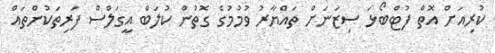
ކުރިއަށް އޮތް ފުޓްބޯޅަ ސިޒަނަށް ތައްޔާރު ވުމުމުގެ ގޮތުން ކުލަބް އީގަލްސް ފަރިތަކުންތައް